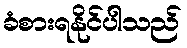
ခံစားရနိုင်ပါသည်